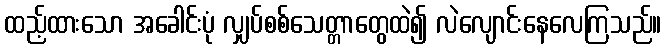
ထည့်ထားသော အခေါင်းပုံ လျှပ်စစ်သေတ္တာတွေထဲ၍ လဲလျောင်းနေလေကြသည်။